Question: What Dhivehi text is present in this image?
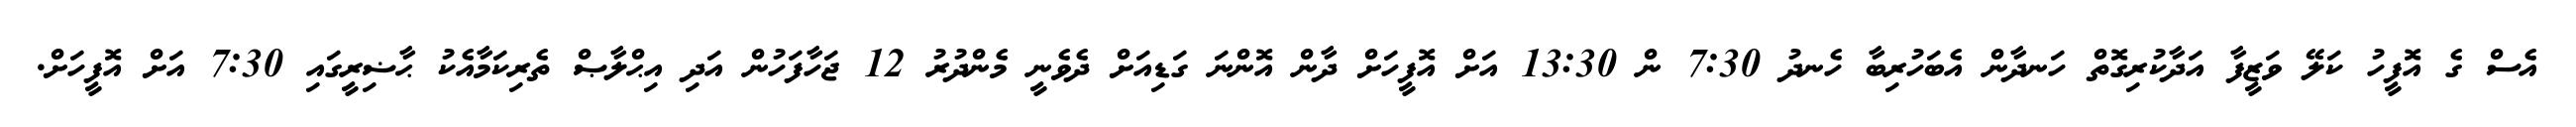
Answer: އެސް ގެ އޮފީހު ކަލޭ ވަޒީފާ އަދާކުރިގޮތް ހަނދާން އެބަހުރިބާ ހެނދު 7:30 ން 13:30 އަށް އޮފީހަށް ދާން އޮންނަ ގަޑިއަށް ދެވެނީ މެންދުރު 12 ޖަހާފަހުން އަދި އިޙްލާޞް ތެރިކަމާއެކު ޙާޟިރީގައި 7:30 އަށް އޮފީހަށް.